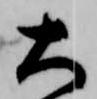
大